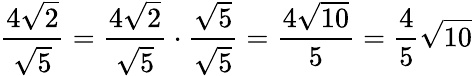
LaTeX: {\frac{4{\sqrt{2}}}{\sqrt{5}}}={\frac{4{\sqrt{2}}}{\sqrt{5}}}\cdot{\frac{\sqrt{5}}{\sqrt{5}}}={\frac{4{\sqrt{10}}}{5}}={\frac{4}{5}}{\sqrt{10}}